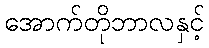
အောက်တိုဘာလနှင့်